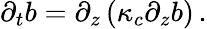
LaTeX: \partial_{t}b=\partial_{z}\left(\kappa_{c}\partial_{z}b\right)\, .